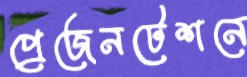
প্রেজেনটেশনে